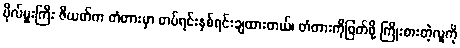
ဗိုလ်မှူးကြီး ဇီယတ်က တံတားမှာ တပ်ရင်းနှစ်ရင်းချထားတယ်၊ တံတားကိုဖြတ်ဖို့ ကြိုးစားတဲ့လူကို